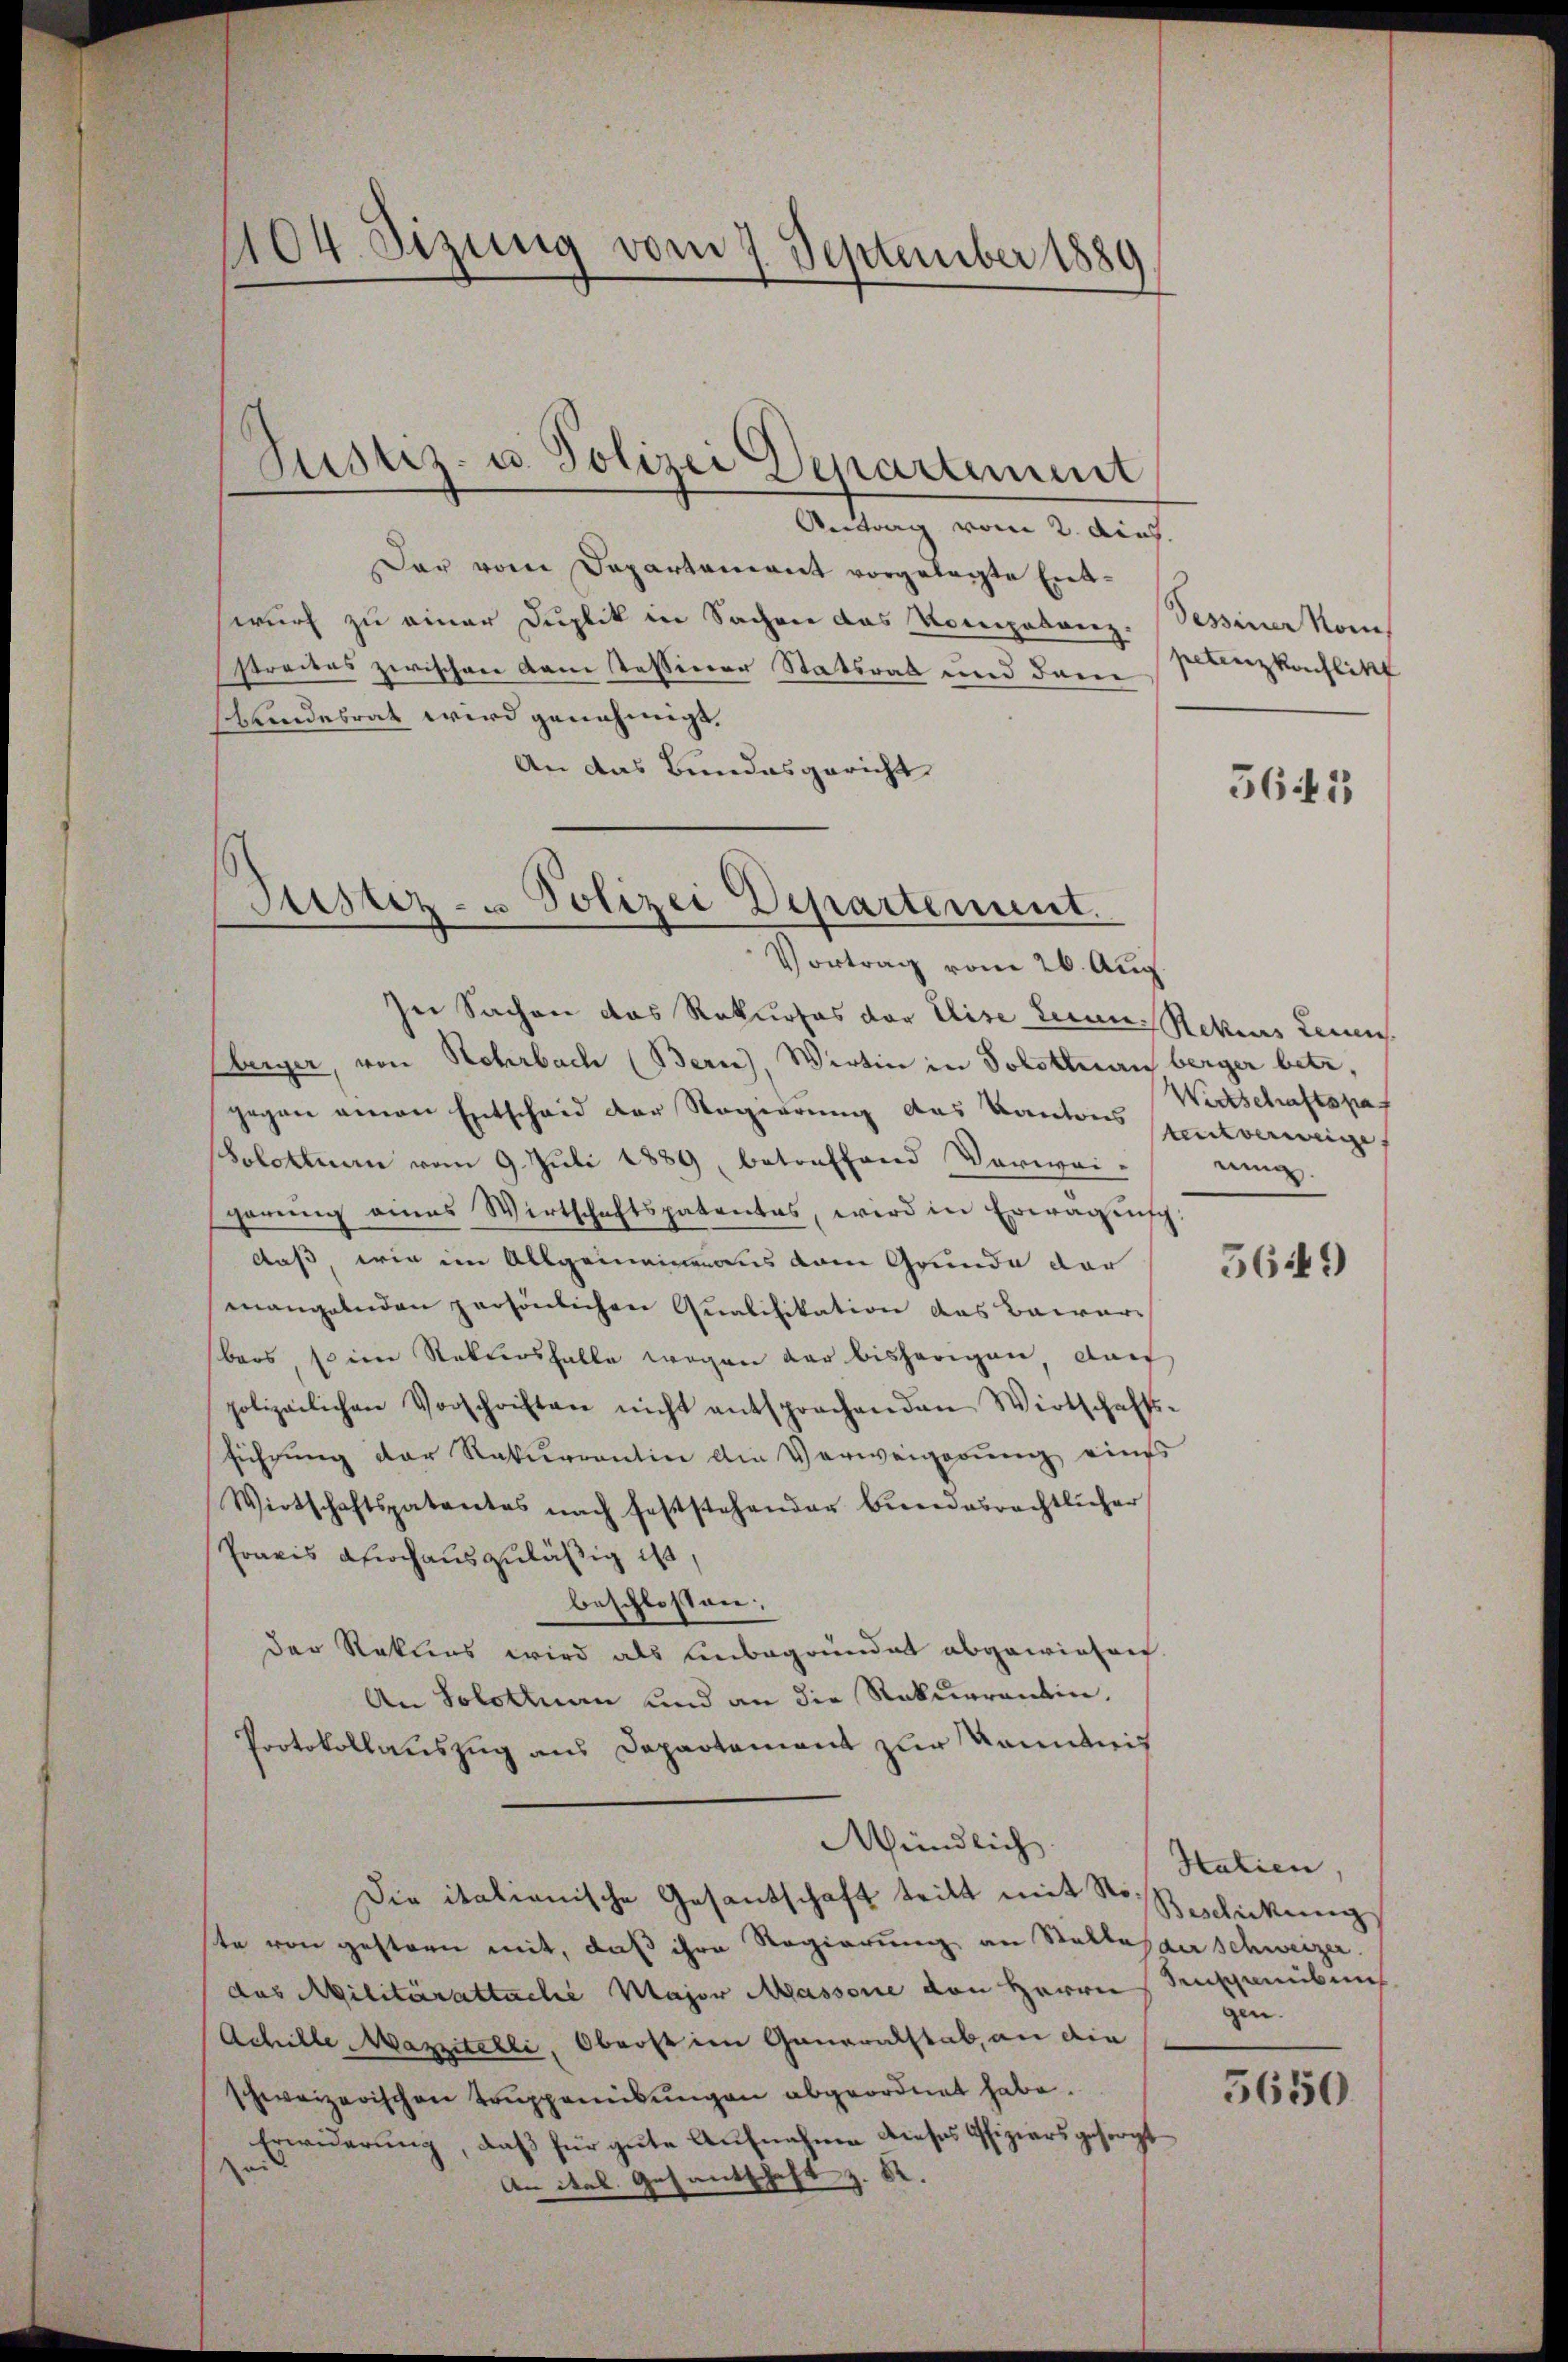
Antrag vom 2. dies.
Der vom Departement vorgelegte Entwurf zu einer Duplik in Sachen das Kompetenz. Sessiner Nom
streckes zwischen dem Tessiner Statsrat und dem Kanzkachlikt
shundesrat wird genehmigt.
An das Bundesgericht
Justiz- u Polizei Departement.

404. Sizung vom 7. September 1889

Justiz- u. Polizei Departement

Vortrag vom 26. Aug
In Sachen das Rekurses der Elise Leine Rekurs Leinen
berger, von Rohrbach (Bern), Wirtin in Solothurn berger betr.
gegen einen Entscheid der Regierung des Kantons
Solotinen vom 9. Juli 1889, betreffend Verwei-
sgarŭng eines Wirtschaftspatentes, wird in Erwägŭng
daß, wie im Allgemeinnaus vom Grunde dar
mangelnden persönlichen Qualifikation das Baarbars so im Rekursfalle wegen der bisherigen, dach
polizeilichen Vorschriften nicht entsprochenden Wirtschafts-
führung der Rekurrentin die Verweigerung eines
Wirtschaftspatentes nach feststehender Bundesrechtlicher
Praxis doch auszuläßig ist
beschlossen:
der Rekurs wird als unbegrundet abgewieser
An Solothurn und an die Rekurrentin.
Protokollauszug aus Departement zur Kenntnis
Mündlich.
Die italianische Gesandschaft tritt mit Roschickung
te von gestern mit, daß ihre Regierung an Stallaster schweizer.
das Militärattache Major Massone den Herrn Sinschanübung
Achille Mazzitelli, Oberst im Generalstab, an die
schweizerischen Truppeneikungen abgeordnet habe.
Erwiderung, daß für gute Aufnahme dieses Offiziers gesorgt
e
An ital. Gesantschaft z. R.

5643

Wirtschaftspat
tentverweige,
nung.

5649

Hatien,
gen.

5650